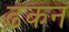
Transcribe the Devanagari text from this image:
ढकन